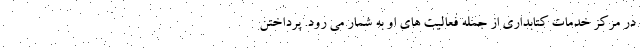
در مرکز خدمات کتابداری از جمله فعالیت های او به شمار می رود. پرداختن